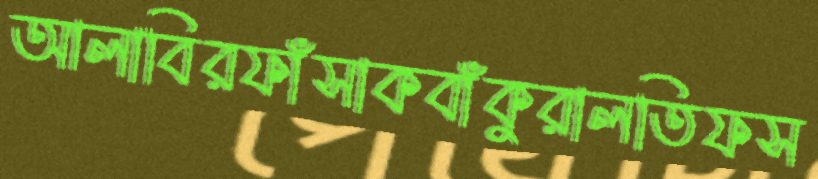
আলাবিরফাঁসাকবাঁকুরালতিফস